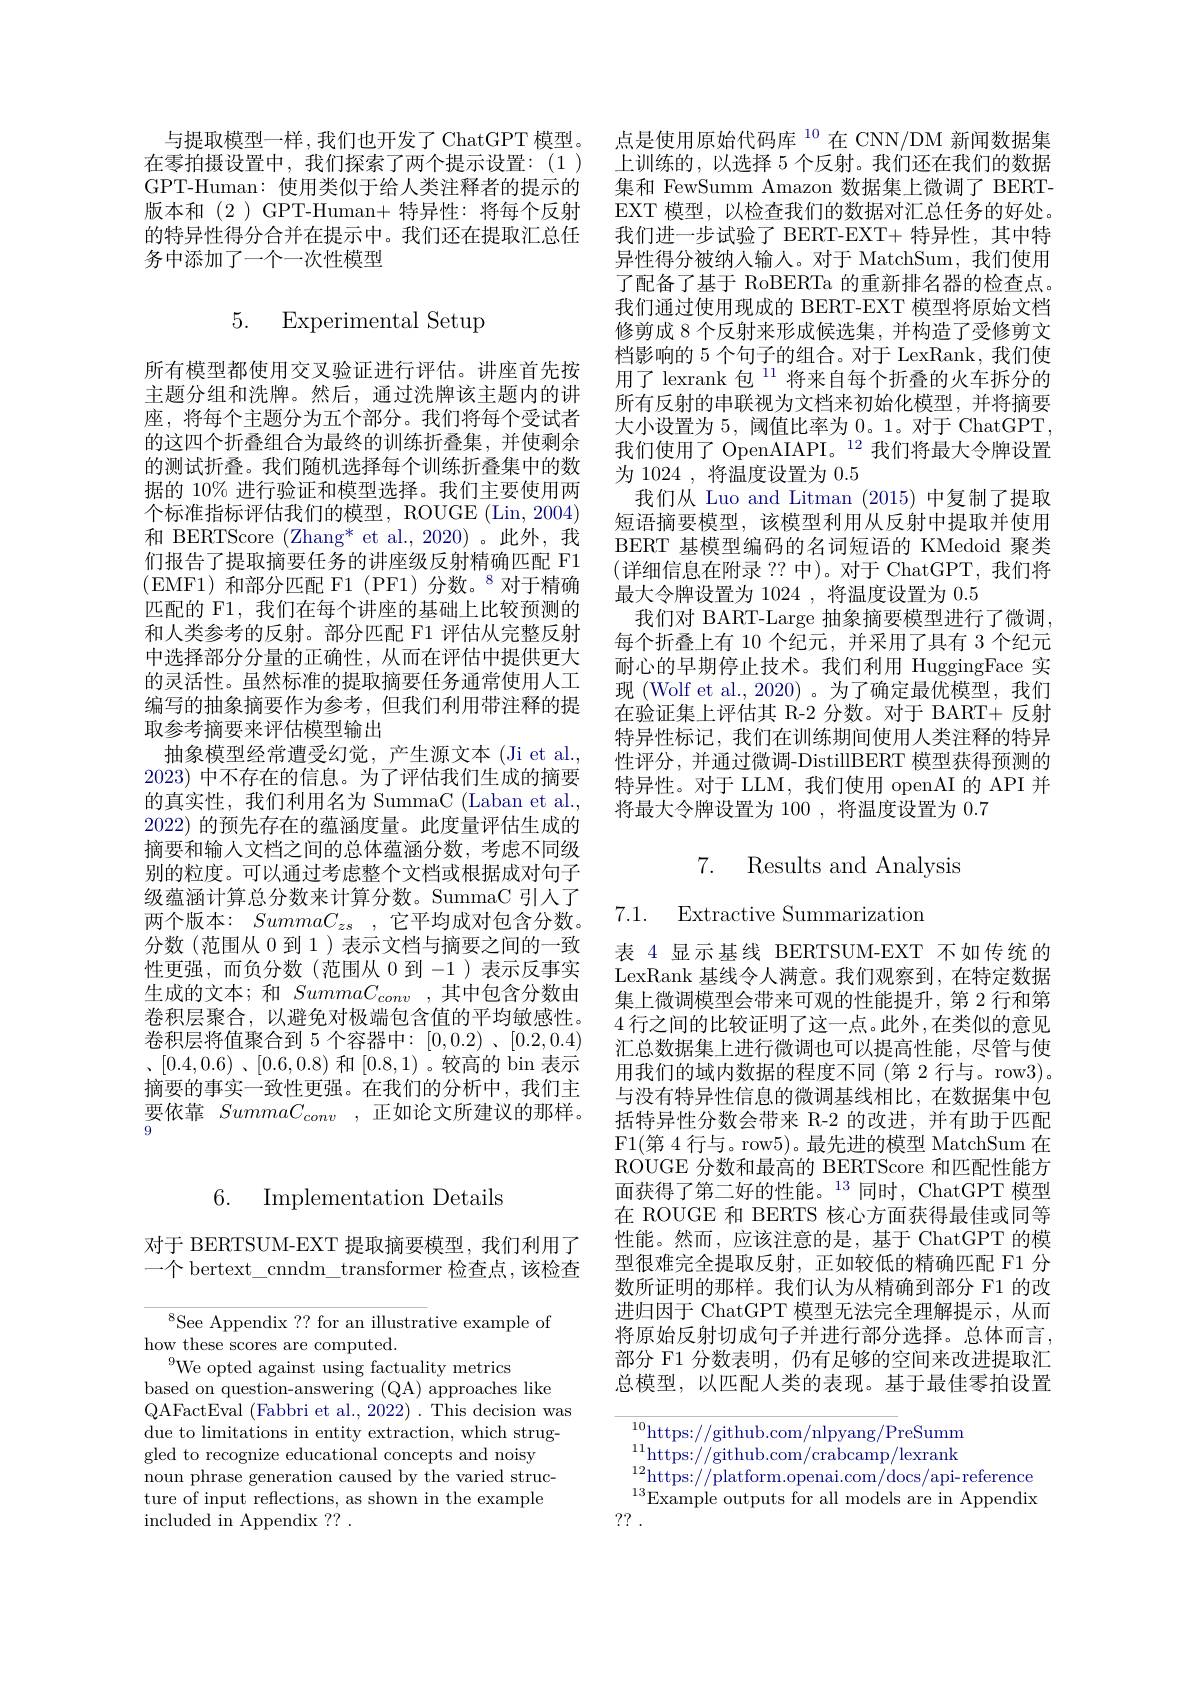
## 6. Implementation Details

对于 BERTSUM-EXT 提取摘要模型，我们利用了一个 bertext\_cnndm\_transformer 检查点，该检查

${^{8}\text{See Appendix ?? for an illustra}}$tive example of
how these scores are computed.
${}^{9}$We opted against using factuality metrics
based on question-answering (QA) approaches like
QAFactEval (Fabbri et al., 2022) . This decision was due to limitations in entity extraction, which struggled to recognize educational concepts and noisy
noun phrase generation caused by the varied structure of input reflections, as shown in the example included in Appendix ?? .

与提取模型一样，我们也开发了 ChatGPT 模型。在零拍摄设置中，我们探索了两个提示设置：(1) GPT-Human:使用类似于给人类注释者的提示的版本和(2)GPT-Human+ 特异性：将每个反射的特异性得分合并在提示中。我们还在提取汇总任务中添加了一个一次性模型

5. Experimental Setup

所有模型都使用交叉验证进行评估。讲座首先按主题分组和洗牌。然后，通过洗牌该主题内的讲座，将每个主题分为五个部分。我们将每个受试者的这四个折叠组合为最终的训练折叠集，并使剩余的测试折叠。我们随机选择每个训练折叠集中的数据的 10% 进行验证和模型选择。我们主要使用两个标准指标评估我们的模型，ROUGE (Lin, 2004) 和 BERTScore (Zhang* et al.,2020)。此外，我们报告了提取摘要任务的讲座级反射精确匹配 F1 (EMF1)和部分匹配 F1(PF1)分数。$^{8}$对于精确匹配的 F1, 我们在每个讲座的基础上比较预测的和人类参考的反射。部分匹配 F1 评估从完整反射中选择部分分量的正确性，从而在评估中提供更大的灵活性。虽然标准的提取摘要任务通常使用人工编写的抽象摘要作为参考，但我们利用带注释的提取参考摘要来评估模型输出
抽象模型经常遭受幻觉，产生源文本(Ji et al., 2023)中不存在的信息。为了评估我们生成的摘要的真实性，我们利用名为 SummaC (Laban et al. 2022) 的预先存在的蕴涵度量。此度量评估生成的摘要和输人文档之间的总体蕴涵分数，考虑不同级别的粒度。可以通过考虑整个文档或根据成对句子级蕴涵计算总分数来计算分数。SummaC 引人了两个版本：$SummaC_{zs}$ ,它平均成对包含分数。分数(范围从 0 到 1) 表示文档与摘要之间的一致性更强，而负分数(范围从 0 到-1 )表示反事实生成的文本；和 $SummaC_{conv}$,其中包含分数由卷积层聚合，以避免对极端包含值的平均敏感性。卷积层将值聚合到 5 个容器中：[0,0.2) , [0.2,0.4) $、 [ 0. 4, 0. 6)$ $、 [ 0. 6, 0. 8)$ 和[0.8,1)。较高的 bin 表示摘要的事实一致性更强。在我们的分析中，我们主要依靠$SummaC_{conv}$ ,正如论文所建议的那样。9

点是使用原始代码库$^{10}$在 CNN/DM 新闻数据集上训练的，以选择 5 个反射。我们还在我们的数据集和 FewSumm Amazon 数据集上微调了 BERTEXT 模型，以检查我们的数据对汇总任务的好处。我们进一步试验了 BERT-EXT+ 特异性，其中特异性得分被纳人输人。对于 MatchSum,我们使用了配备了基于 RoBERTa 的重新排名器的检查点。我们通过使用现成的 BERT-EXT 模型将原始文档修剪成 8 个反射来形成候选集，并构造了受修剪文档影响的 5 个句子的组合。对于 LexRank, 我们使用了 lexrank 包$^{11}$ 将来自每个折叠的火车拆分的所有反射的串联视为文档来初始化模型，并将摘要大小设置为5，阈值比率为0。1。对于 ChatGPT, 我们使用了 OpenAIAPI。$^{12}$我们将最大令牌设置为 1024 , 将温度设置为0.5
我们从 Luo and Litman (2015) 中复制了提取短语摘要模型，该模型利用从反射中提取并使用BERT 基模型编码的名词短语的 KMedoid 聚类(详细信息在附录 ?? 中)。对于 ChatGPT,我们将最大令牌设置为 1024 ,将温度设置为0.5
我们对 BART-Large 抽象摘要模型进行了微调， 每个折叠上有 10 个纪元，并采用了具有 3 个纪元耐心的早期停止技术。我们利用 HuggingFace 实现 (Wolf et al., 2020) 。为了确定最优模型，我们在验证集上评估其 R-2 分数。对于 BART+ 反射特异性标记，我们在训练期间使用人类注释的特异性评分，并通过微调-DistillBERT 模型获得预测的特异性。对于 LLM,我们使用 openAI 的 API 并将最大令牌设置为 100 ,将温度设置为0.7

7. Results and Analysis

7.1. Extractive Summarization

表 4 显示基线 BERTSUM-EXT 不如传统的LexRank 基线令人满意。我们观察到，在特定数据集上微调模型会带来可观的性能提升，第 2 行和第4 行之间的比较证明了这一点。此外，在类似的意见汇总数据集上进行微调也可以提高性能，尽管与使用我们的域内数据的程度不同 (第 2 行与。row3)。与没有特异性信息的微调基线相比，在数据集中包括特异性分数会带来 R-2 的改进，并有助于匹配F1(第 4 行与。row5)。最先进的模型 MatchSum 在ROUGE 分数和最高的 BERTScore 和匹配性能方面获得了第二好的性能。$^{13}$同时，ChatGPT 模型在 ROUGE 和 BERTS 核心方面获得最佳或同等性能。然而，应该注意的是，基于 ChatGPT 的模型很难完全提取反射，正如较低的精确匹配 F1 分数所证明的那样。我们认为从精确到部分 F1 的改进归因于 ChatGPT 模型无法完全理解提示，从而将原始反射切成句子并进行部分选择。总体而言， 部分 F1 分数表明，仍有足够的空间来改进提取汇总模型，以匹配人类的表现。基于最佳零拍设置

$^{10}$https: //github. com/ nlpyang/ P $^{11}$https: //github. com/ nlpyang/ P $^{11}$reSumm $^{11}$https://github.com/crabcamp/lexrank $\begin{array}{l}{\mathrm{mttps.//grunuu.conn/cavcanp/exiank}}\\{^{12}\mathrm{https://platform.openai.com/docs/api-reference}}\\{^{13}\mathrm{Example~outputs~for~all~models~are~in~Appendix}}\end{array}$
?? .